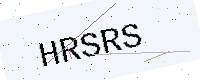
Text: HRSRS